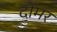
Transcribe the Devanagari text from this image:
दोमर